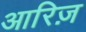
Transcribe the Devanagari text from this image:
आरिज़